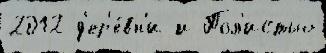
2012 д'ер'е́вн'и и Пол'истью